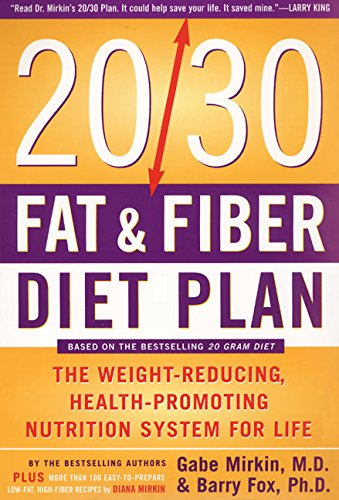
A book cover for The 20/30 Fat & Fiber Diet Plan: The Weight-Reducing, Health-Promoting Nutrition System for Life (Harper Resource Book); Gabe, M.D. Mirkin; Health, Fitness & Dieting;